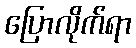
ပြောလိုက်ရာ